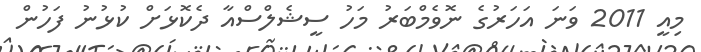
މިއީ 2011 ވަނަ އަހަރުގެ ނޮވެމްބަރު މަހު ސީޝެލްސްއާ ދެކޮޅަށް ކުޅުނު ފަހުން